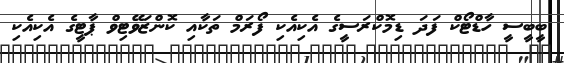
ބީބީސީ ހާޑްޓޯކް ފަދަ ޑިމޮކްރަސީގެ އެކިއެކި ފޯރަމް ތަކާއި ކޮންޒަވޭޓިވް ޕާޓީގެ އެކިއެކި